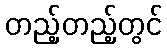
တည့်တည့်တွင်